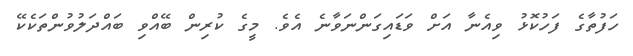
ހަފުތާގެ ފަހުކޮޅު ވިއެނާ އަށް ވަޑައިގަންނަވާނެ އެވެ. މީގެ ކުރިން ބޭއްވި ބައްދަލުވުންތަކެކޭ